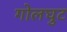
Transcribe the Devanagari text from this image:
गोलघुट